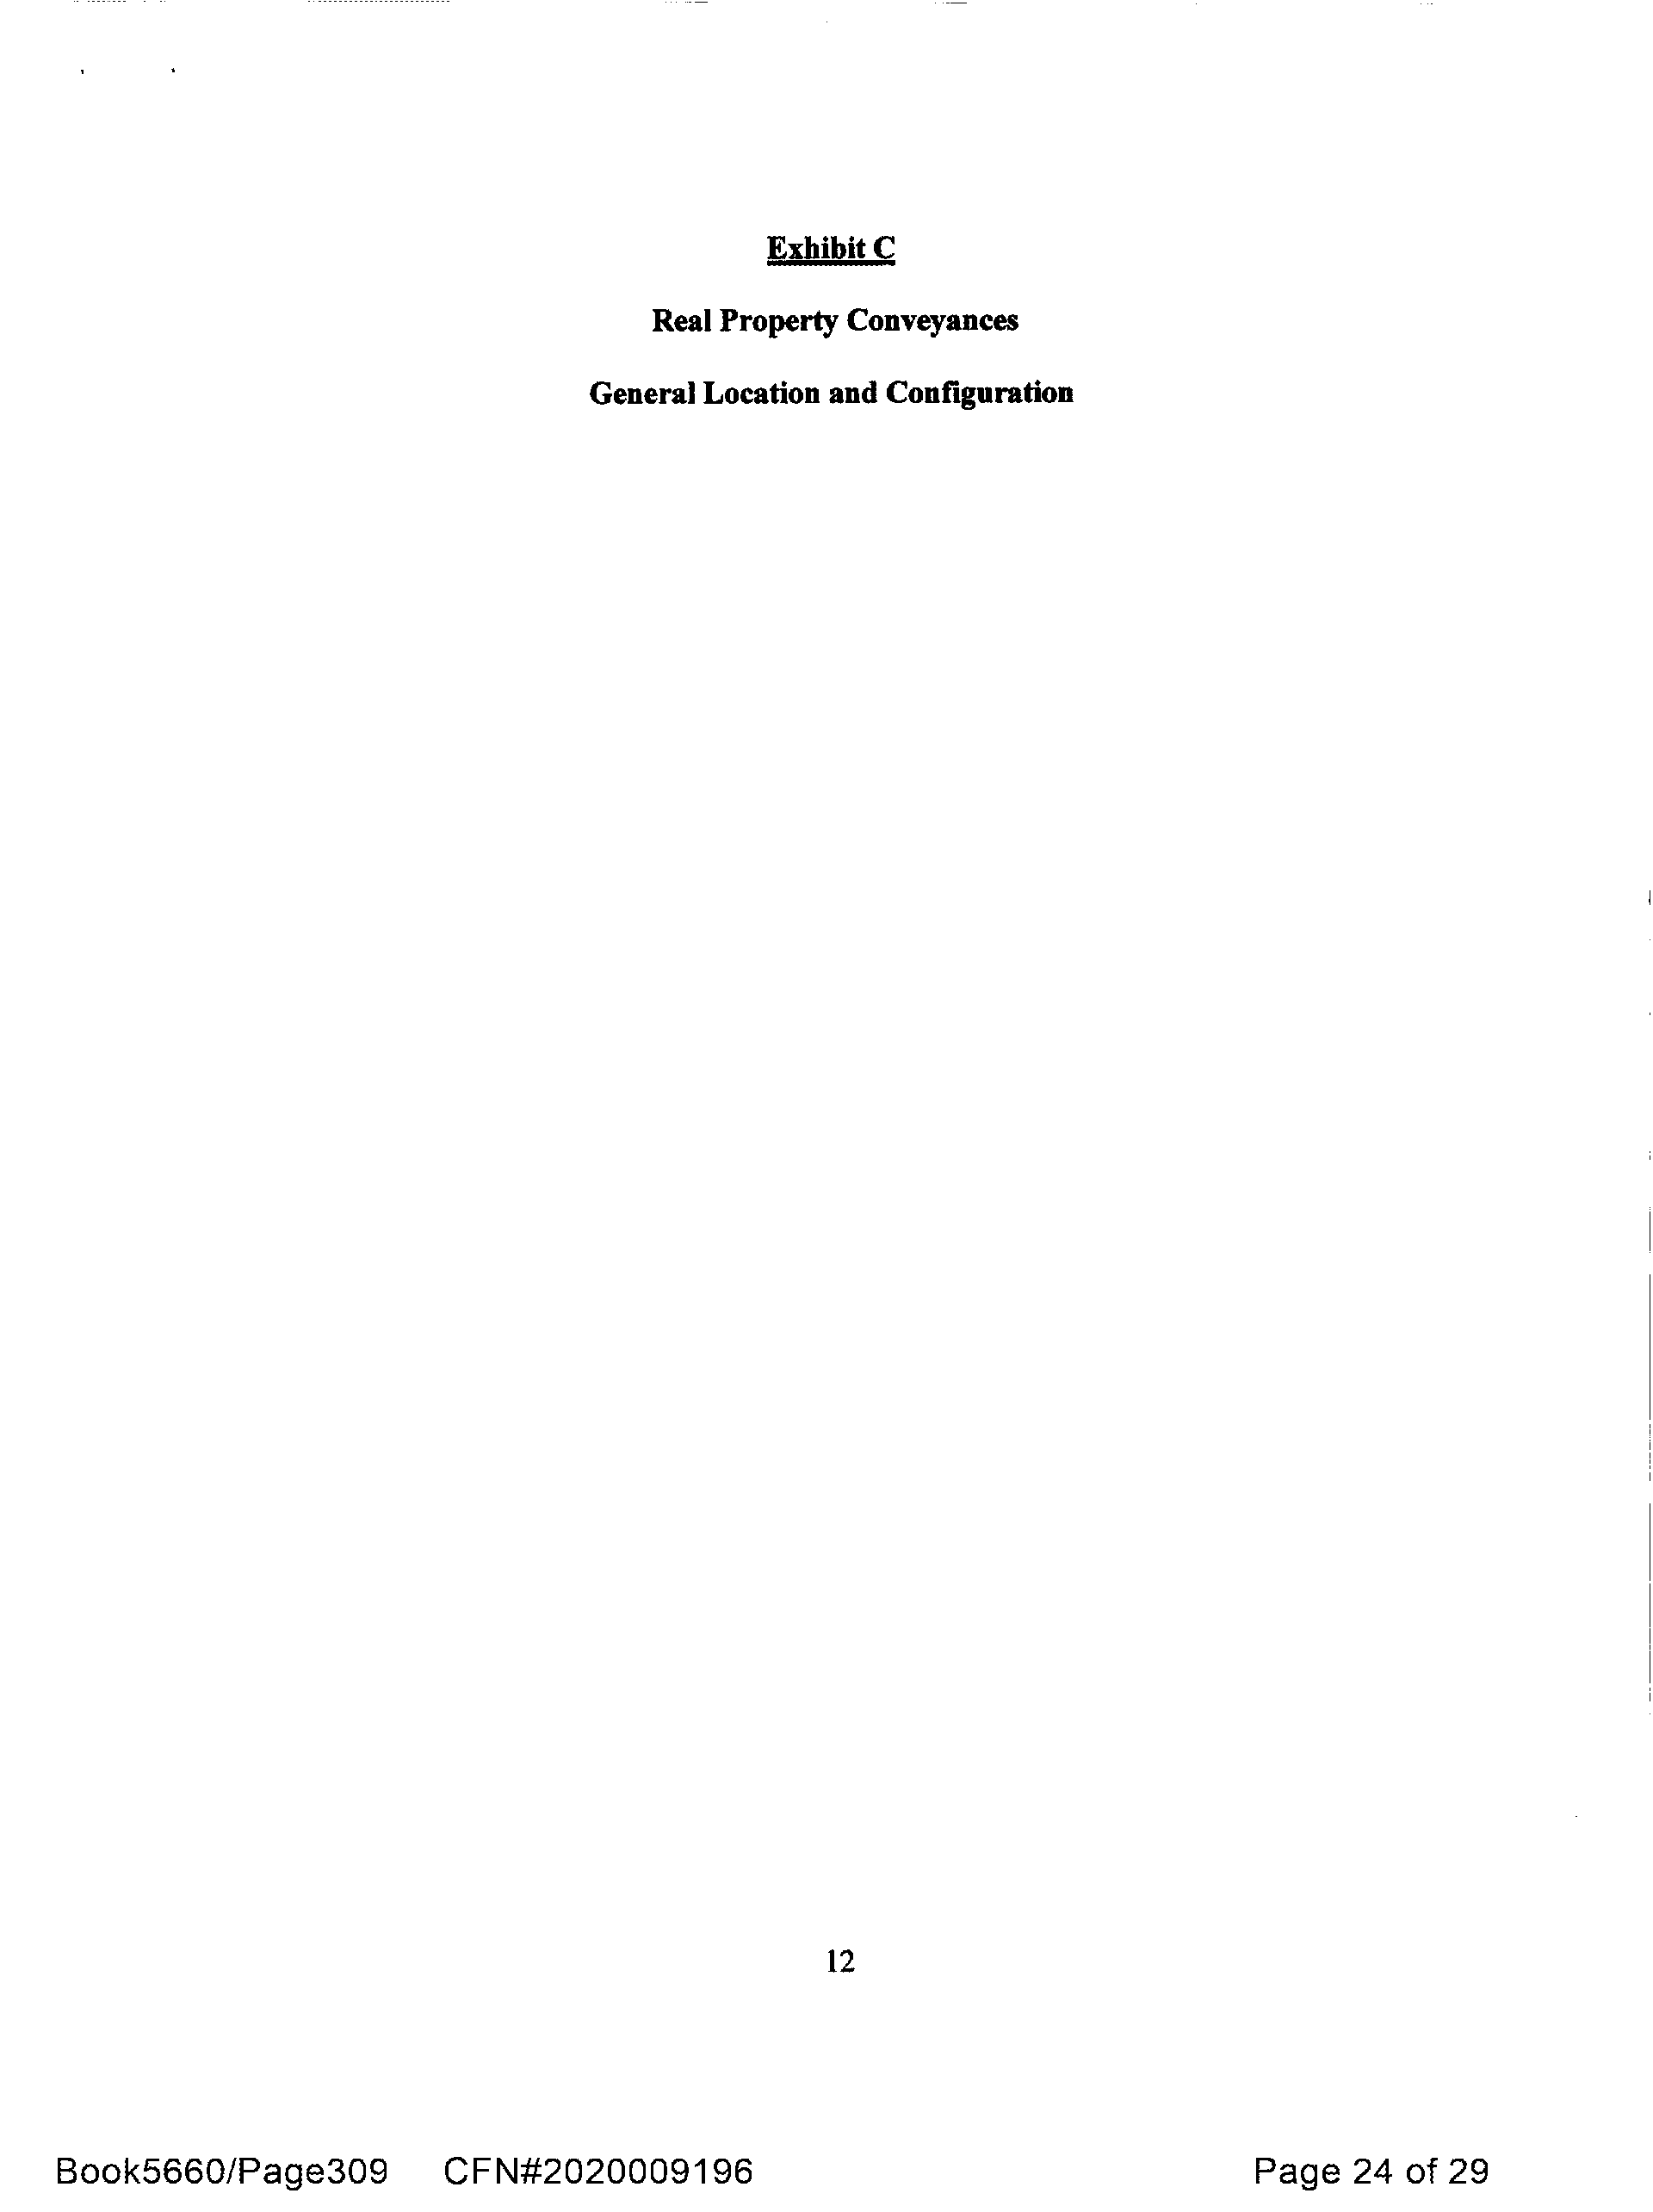
Exhibit C
 Real Property  Conveyances
 General  Location  and Configuration
 12
 Book5660/Page309              CFN#2020009196                                                Page    24  of 29